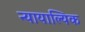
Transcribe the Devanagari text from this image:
न्यायाल्यिक